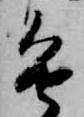
進